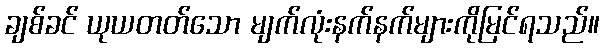
ချစ်ခင် ယုယတတ်သော မျက်လုံးနက်နက်များကိုမြင်ရသည်။